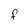
Character: F